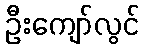
ဦးကျော်လွင်